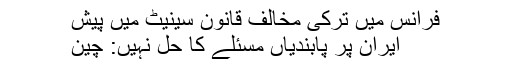
فرانس میں ترکی مخالف قانون سینیٹ میں پیش
ایران پر پابندیاں مسئلے کا حل نہیں: چین